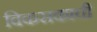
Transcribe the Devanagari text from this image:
विकसकाची